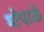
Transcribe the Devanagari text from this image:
भोपाळे